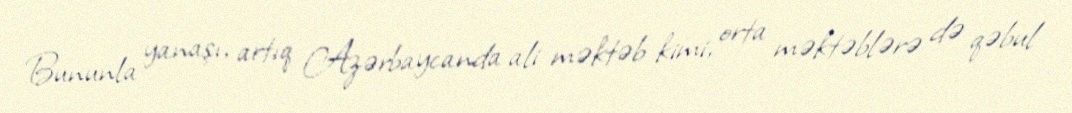
Bununla yanaşı, artıq Azərbaycanda ali məktəb kimi, orta məktəblərə də qəbul